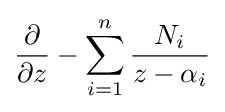
{\partial  \over \partial z}-\sum _{i=1}^{n}{N_{i} \over z-\alpha _{i}}